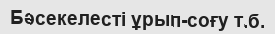
Бәсекелесті ұрып-соғу т.б.